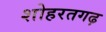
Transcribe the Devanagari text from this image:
शोहरतगढ़